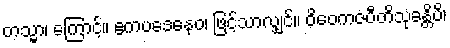
တသ္မာ၊ ကြောင့်။ ဧကပဒေနေဝ၊ ဖြင့်သာလျှင်။ ဝိဝေကဇံပီတိသုခန္တိပိ၊